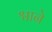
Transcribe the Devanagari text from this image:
श्वाने